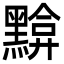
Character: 黭